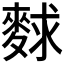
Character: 𪌵